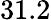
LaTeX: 31.2